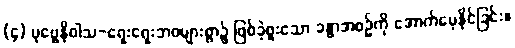
(၄) ပုဗ္ဗေနိဝါသ-ရှေးရှေးဘဝများစွာ၌ ဖြစ်ခဲ့ဖူးသော ခန္ဓာအစဉ်ကို အောက်မေ့နိုင်ခြင်း။